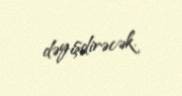
dəyişdirəcək.